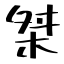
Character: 桀